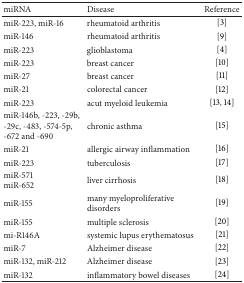
<table><thead><tr><td><b>miRNA</b></td><td><b>Disease</b></td><td><b>Reference</b></td></tr></thead><tbody><tr><td>miR-223, miR-16</td><td>rheumatoid arthritis</td><td>[3]</td></tr><tr><td>miR-146</td><td>rheumatoid arthritis</td><td>[9]</td></tr><tr><td>miR-223</td><td>glioblastoma</td><td>[4]</td></tr><tr><td>miR-223</td><td>breast cancer</td><td>[10]</td></tr><tr><td>miR-27</td><td>breast cancer</td><td>[11]</td></tr><tr><td>miR-21</td><td>colorectal cancer</td><td>[12]</td></tr><tr><td>miR-223</td><td>acut myeloid leukemia</td><td>[13, 14]</td></tr><tr><td>miR-146b, -223, -29b, -29c, -483, -574-5p, -672 and -690</td><td>chronic asthma</td><td>[15]</td></tr><tr><td>miR-21</td><td>allergic airway inflammation</td><td>[16]</td></tr><tr><td>miR-223</td><td>tuberculosis</td><td>[17]</td></tr><tr><td>miR-571 miR-652</td><td>liver cirrhosis</td><td>[18]</td></tr><tr><td>miR-155</td><td>many myeloproliferative disorders</td><td>[19]</td></tr><tr><td>miR-155</td><td>multiple sclerosis</td><td>[20]</td></tr><tr><td>mi-R146A</td><td>systemic lupus erythematosus</td><td>[21]</td></tr><tr><td>miR-7</td><td>Alzheimer disease</td><td>[22]</td></tr><tr><td>miR-132, miR-212</td><td>Alzheimer disease</td><td>[23]</td></tr><tr><td>miR-132</td><td>inflammatory bowel diseases</td><td>[24]</td></tr></tbody></table>